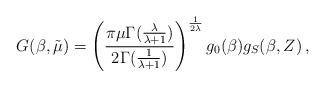
LaTeX: \begin{align*}G(\beta,\tilde{\mu})=\left(\frac{\pi\mu\Gamma(\frac{\lambda}{\lambda +1})}{2\Gamma (\frac{1}{\lambda+1})}\right)^{\frac{1}{2\lambda}}g_0(\beta )g_S(\beta ,Z)\,,\end{align*}